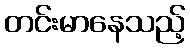
တင်းမာနေသည့်